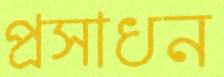
প্রসাধন